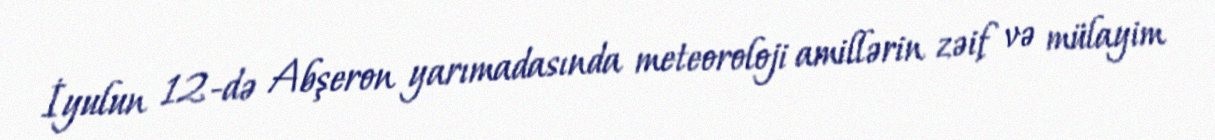
İyulun 12-də Abşeron yarımadasında meteoroloji amillərin zəif və mülayim